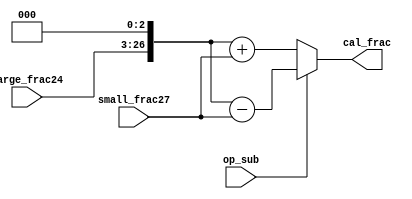
module fadd_cal (op_sub,large_frac24,small_frac27,cal_frac);
	input op_sub;
	input [23:0] large_frac24;
	input [26:0] small_frac27;
	output [27:0] cal_frac;

	wire [27:0] aligned_large_frac = {1'b0, large_frac24, 3'b000};
	wire [27:0] aligned_small_frac = {1'b0, small_frac27};

	assign cal_frac = op_sub? 
		aligned_large_frac - aligned_small_frac :
		aligned_large_frac + aligned_small_frac;
endmodule